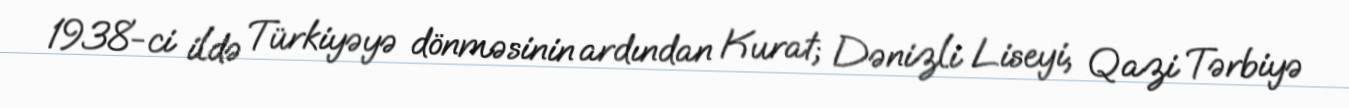
1938-ci ildə Türkiyəyə dönməsinin ardından Kurat; Dənizli Liseyi, Qazi Tərbiyə